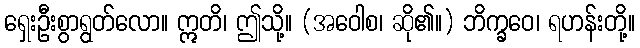
ရှေးဦးစွာရွတ်လော။ ဣတိ၊ ဤသို့။ (အဝေါစ၊ ဆို၏။) ဘိက္ခဝေ၊ ရဟန်းတို့။